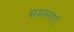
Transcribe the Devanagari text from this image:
समस्याऍ